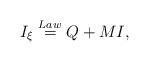
LaTeX: \begin{align*}I_\xi\stackrel{Law}{=}Q+M I,\end{align*}